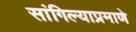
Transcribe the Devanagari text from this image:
सांगिल्याप्रमाणे